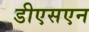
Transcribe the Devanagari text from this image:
डीएसएन